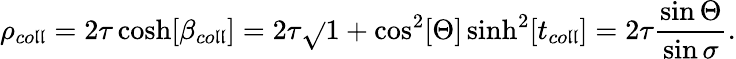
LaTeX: \rho_{co\mathfrak{l}\mathfrak{l}}=2\tau\cosh[\beta_{co\mathfrak{l}\mathfrak{l}}]=2\tau\sqrt{}{{1+\cos^{2}[\Theta]\sinh^{2}[t_{co\mathfrak{l}\mathfrak{l}}]}}=2\tau\frac{{\sin\Theta}}{{\sin\sigma}}.